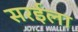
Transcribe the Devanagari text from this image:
सरईला